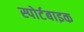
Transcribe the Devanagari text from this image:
स्पोर्टबाइक